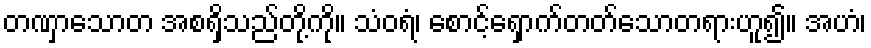
တဏှာသောတ အစရှိသည်တို့ကို။ သံဝရံ၊ စောင့်ရှောက်တတ်သောတရားဟူ၍။ အဟံ၊